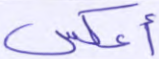
أعكس